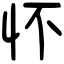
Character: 怀